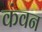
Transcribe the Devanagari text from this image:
कंवन